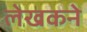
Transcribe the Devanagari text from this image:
लेखकने